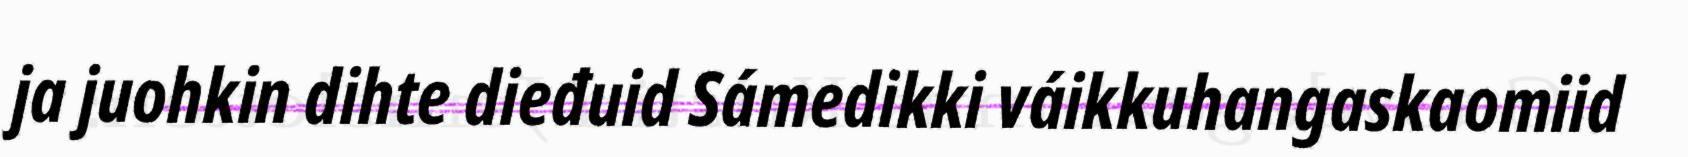
ja juohkin dihte dieđuid Sámedikki váikkuhangaskaomiid